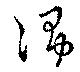
浄